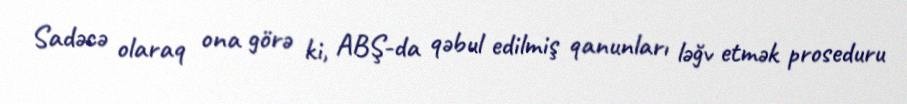
Sadəcə olaraq ona görə ki, ABŞ-da qəbul edilmiş qanunları ləğv etmək proseduru